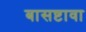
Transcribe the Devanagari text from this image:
बासष्टावा